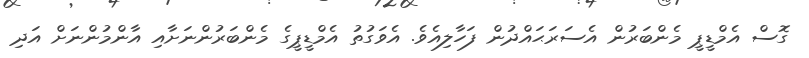
ގޮސް އެމްޑީޕީ މެންބަރުން އެސަރަޙައްދުން ފަހާލިއެވެ. އެވަގުތު އެމްޑީޕީގެ މެންބަރުންނަށާއި އާންމުންނަށް އަދި